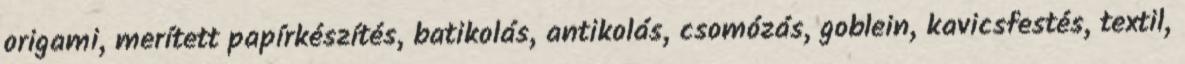
origami, merített papírkészítés, batikolás, antikolás, csomózás, goblein, kavicsfestés, textil,